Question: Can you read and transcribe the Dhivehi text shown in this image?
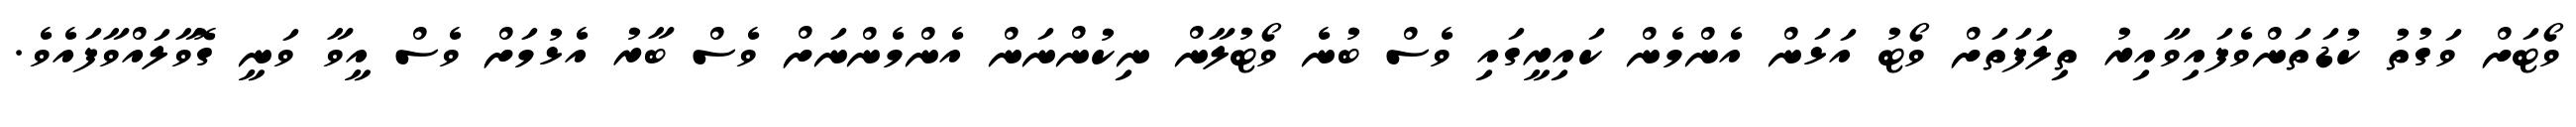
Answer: ވޯޓަށް ވަގުތު ކުޑަތަންވެފައިވާއިރު ތިލަފަތަށް ވޯޓު އަޅަން އެންމެން ކައިރީގައި ވެސް ބުނެ ވޯޓުލާން ނިކުންނަން އެންމެންނަށް ވެސް ބާރު އެޅުމަށް ވެސް އީވާ ވަނީ ގޮވާލައްވާފައެވެ.